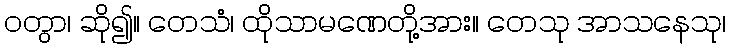
ဝတွာ၊ ဆို၍။ တေသံ၊ ထိုသာမဏေတို့အား။ တေသု အာသနေသု၊